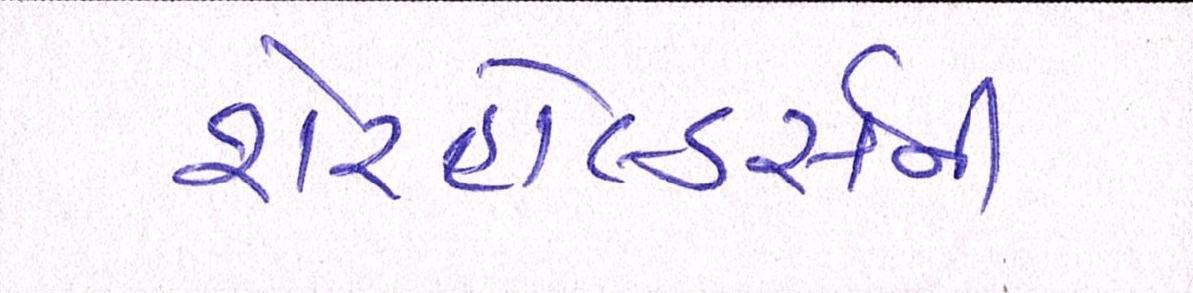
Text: શેરહોલ્ડર્સની